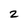
Character: 2